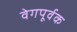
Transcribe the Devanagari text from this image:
वेगपूर्वक